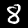
Label: 8